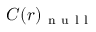
C ( r ) _ { \mathrm { ~ n ~ u ~ l ~ l ~ } }